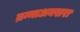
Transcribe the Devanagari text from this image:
म्रन्माअक्खरा